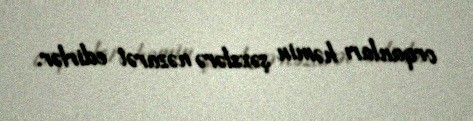
orqanları həmin şəxslərə nəzarət edirlər.